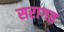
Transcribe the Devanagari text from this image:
सरागत